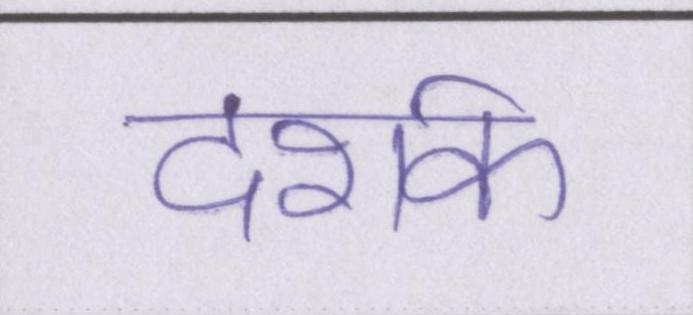
दर्शक